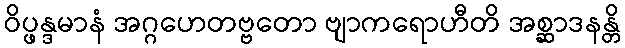
ဝိပ္ဖန္ဒမာနံ အဂ္ဂဟေတဗ္ဗတော ဗျာကရောဟီတိ အစ္ဆာဒနန္တိ